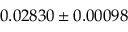
0 . 0 2 8 3 0 \pm 0 . 0 0 0 9 8